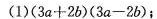
(1)$$( 3 a + 2 b ) ( 3 a - 2 b )$$；